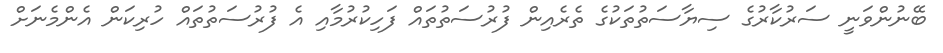
ބޭނުންވަނީ ސަރުކާރުގެ ސިޔާސަތުތަކުގެ ތެރެއިން ފުރުސަތުތައް ފަހިކުރުމާއި އެ ފުރުސަތުތައް ހުރިކަން އެންމެނަށް